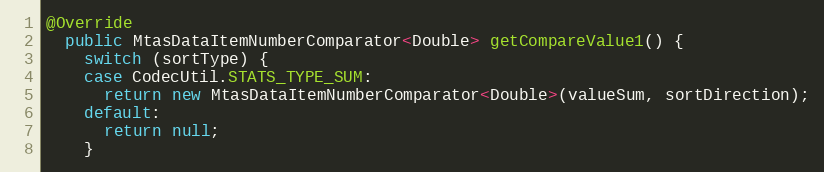
Language: Java
@Override
  public MtasDataItemNumberComparator<Double> getCompareValue1() {
    switch (sortType) {
    case CodecUtil.STATS_TYPE_SUM:
      return new MtasDataItemNumberComparator<Double>(valueSum, sortDirection);
    default:
      return null;
    }